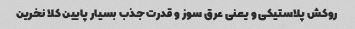
روکش پلاستیکی و یعنی عرق سوز و قدرت جذب بسیار پایین کلا نخرین